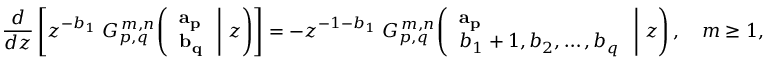
{ \frac { d } { d z } } \left[ z ^ { - b _ { 1 } } \; G _ { p , q } ^ { \, m , n } \! \left( \left. { \begin{array} { l } { \mathbf { a _ { p } } } \\ { \mathbf { b _ { q } } } \end{array} } \; \right| \, z \right) \right] = - z ^ { - 1 - b _ { 1 } } \; G _ { p , q } ^ { \, m , n } \! \left( \left. { \begin{array} { l } { \mathbf { a _ { p } } } \\ { b _ { 1 } + 1 , b _ { 2 } , \dots , b _ { q } } \end{array} } \; \right| \, z \right) , \quad m \geq 1 ,